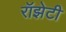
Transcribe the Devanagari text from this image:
रॉझेटी